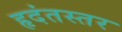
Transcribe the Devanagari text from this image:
हृदंतस्तर